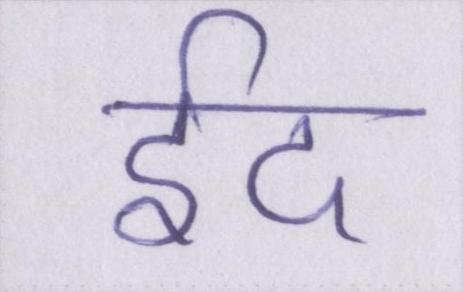
ईद